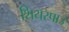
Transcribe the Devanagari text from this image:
शियरपाउ